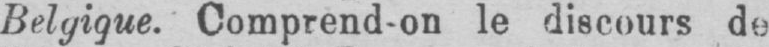
Belgique. Comprend-on le discours de